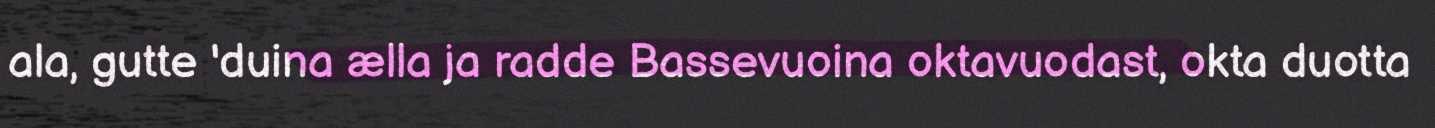
ala, gutte 'duina ælla ja radde Bassevuoina oktavuodast, okta duotta